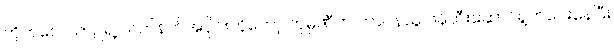
တိုက်လေယာဉ်ရဲ့ လက်နက်အပိုင်းကိုတော့ ကုမ္ပဏီက တာဝန်ယူ ဖန်တီးဆောင်ရွက်ပေးနေပြီး